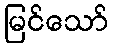
မြင်သော်